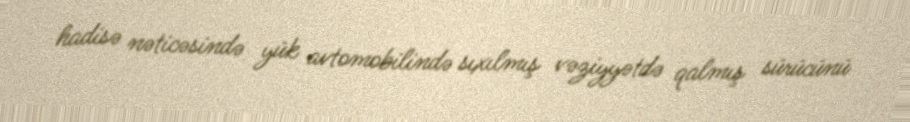
hadisə nəticəsində yük avtomobilində sıxılmış vəziyyətdə qalmış sürücünü